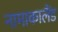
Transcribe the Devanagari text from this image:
नामाकालैंड